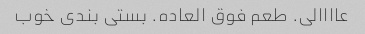
عاااالی. طعم فوق العاده. بستی بندی خوب